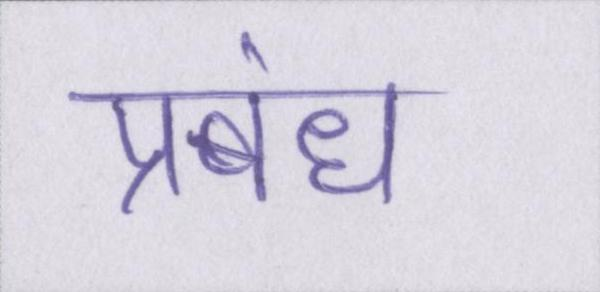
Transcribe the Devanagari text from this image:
प्रबंध